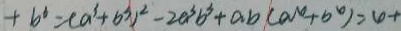
+ b ^ { 3 } = ( a ^ { 3 } + b ^ { 3 } ) ^ { 2 } - 2 a ^ { 3 } b ^ { 3 } + a b ( a ^ { 4 } + b ^ { 4 } ) = 4 +